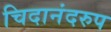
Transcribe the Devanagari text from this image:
चिदानंदरुप